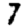
Digit: 7